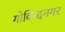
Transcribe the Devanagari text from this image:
गोविन्‍दनगर